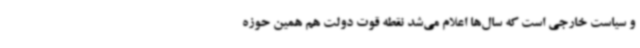
و سیاست خارجی است که سال‌ها اعلام می‌شد نقطه قوت دولت هم همین حوزه